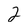
Character: 2